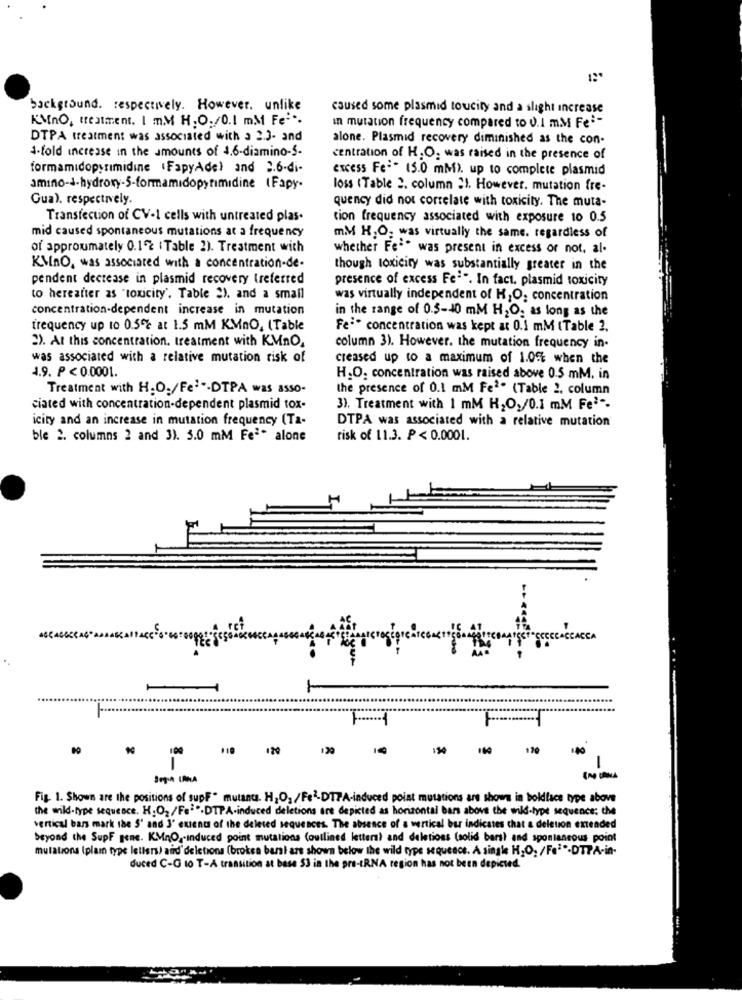
12*
background. respectively. However. unlike
caused some plasmid tocity and a slight increase
KMnO, treatment. I m.M H.O./0.1 mM Fe"".
In mutation frequency compared to U.I mM Fei-
DTPA treatment was associated with a 2.3- and
alone. Plasmid recovery diminished as the con-
4-fold increase in the amounts of 4.6-diamino --
centration of H. O. was raised in the presence of
formamidopyrimidine (FapyAde) and 2.6-di-
excess Fe-" (5.0 mM). up to complete plasmid
loss (Table 2. column 2). However. mutation fre-
Gua). respectively.
quency did not correlate with toxicity. The muta-
Transfection of CV-1 cells with untreated plas.
tion frequency associated with exposure 10 0.5
mid caused spontaneous mutations at a frequency
mM H,O, was virtually the same. regardless of
of approumately 0.12 :Table 2). Treatment with
whether Fee was present in excess or not. al.
KMno, was associated with a concentration-de-
though toxicity was substantially greater in the
pendent decrease in plasmid recovery treferred
presence of excess Fe-". In fact, plasmid toxicity
to hereafter as "toxicity'. Table "), and a small
was virtually independent of H,O, concentration
concentration-dependent increase in mutation
in the range of 0.5-10 mM H2O. as long as the
frequency up to 0.5% at 1.5 mM KMnO, (Table
Fej. concentration was kept at 0.1 mM (Table ?.
2). At this concentration. treatment with KMnO,
column 3). However, the mutation frequency in-
was associated with a relative mutation risk of
creased up to a maximum of 1.0% when the
4.9. P< 0.0001.
H.O. concentration was raised above 0.5 mM. in
Treatment with H.O./Fe!"-DTPA was asso-
the presence of 0.1 mM Fe2. (Table 2. column
ciated with concentration-dependent plasmid tox-
3). Treatment with I mM H2O,/0.1 mM Fe' --
icity and an increase in mutation frequency (Ta-
DTPA was associated with a relative mutation
ble 2. columns 2 and 31. 3.0 mM Feª. alone
risk of 11.3. P < 0.0001.
CECASCACCA
100
119 120
120
14
110
.80
Fig. 1. Shown are the positions of supF " mutants. HO,/Fel-DTPA-induced point mutations are shown in boldlace type above
the wild-type sequence. H;O2/Fe".DTPA-induced deletions are depicted as horizontal bar above the wild-type sequences the
vertical bars mark the S' and 3' extent of the deleted sequences. The absence of a vertical bur indicates chat a deletion extended
beyond the SupF gene. KMnO ,- induced point mutations (outlined letters? and deletions (solid barsl and spontaneous point
mutations (plain type letiers) aiid' deletions (broken barst are shown below the wild type sequence. A single HO, /Fej".DTPA-in-
duced C-G to T-A transition at base 53 in the pre-IRNA region has not been depicted.